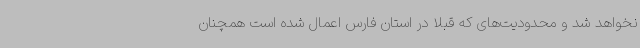
نخواهد شد و محدودیت‌های که قبلا در استان فارس اعمال شده است همچنان